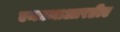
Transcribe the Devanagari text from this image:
एमएमाआरडीए